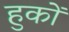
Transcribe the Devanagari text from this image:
हुकों